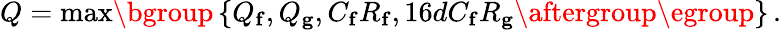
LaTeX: \begin{array}{r}{Q=\operatorname*{max}\mathopen{}\mathclose\bgroup\left\{ Q_{\mathbf{f}},Q_{\mathbf{g}},C_{\mathbf{f}}R_{\mathbf{f}},16dC_{\mathbf{f}}R_{\mathbf{g}}\aftergroup\egroup\right\} \, .}\end{array}